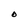
Character: O